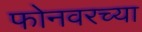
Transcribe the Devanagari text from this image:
फोनवरच्या